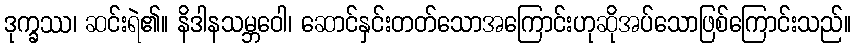
ဒုက္ခဿ၊ ဆင်းရဲ၏။ နိဒါနသမ္ဘဝေါ၊ ဆောင်နှင်းတတ်သောအကြောင်းဟုဆိုအပ်သောဖြစ်ကြောင်းသည်။